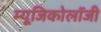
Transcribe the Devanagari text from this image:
म्‍यूजिकोलॉजी